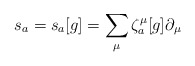
\begin{align*} s_a = s_a[g] = \sum_{\mu} \zeta^{\mu}_a[g] \partial_{\mu} \end{align*}